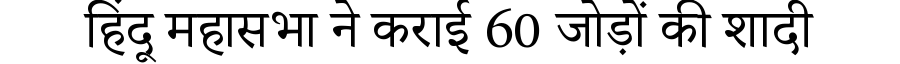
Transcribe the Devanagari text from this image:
हिंदू महासभा ने कराई 60 जोड़ों की शादी